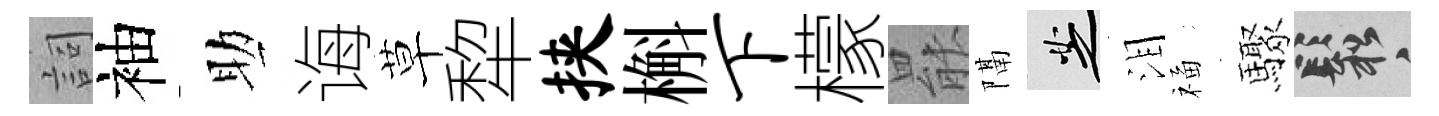
詞袖助诲草犂挟槲下檬罷隔芝泪福驟鬆